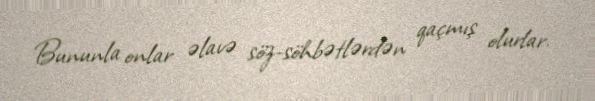
Bununla onlar əlavə söz-söhbətlərdən qaçmış olurlar.